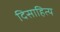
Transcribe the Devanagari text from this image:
दिसाहित्य